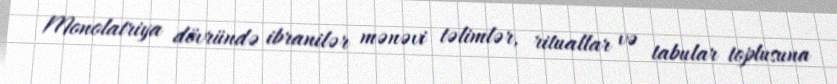
Monolatriya dövründə ibranilər mənəvi təlimlər, rituallar və tabular toplusuna